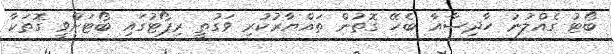
ބޯޓު ގެއްލުނު ހާދިސާއާ ބެހޭ ގޮތުން ތައްޔާރުކުރި ވަގުތީ ރިޕޯޓުގައި ބޯޓަށްވީ ގޮތަކާ